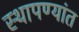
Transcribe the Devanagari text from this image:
स्थापण्यांत